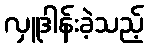
လှူဒါန်းခဲ့သည့်